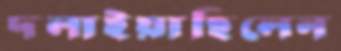
দলাইয়াছিলেন